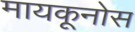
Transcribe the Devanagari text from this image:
मायकूनोस